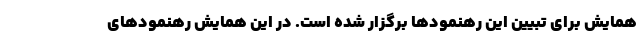
همایش برای تبیین این رهنمودها برگزار شده است. در این همایش رهنمودهای